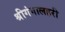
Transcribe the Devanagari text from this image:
श्रीगंगालहरी